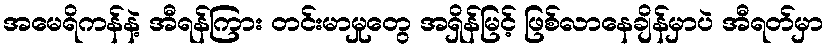
အမေရိကန်နဲ့ အီရန်ကြား တင်းမာမှုတွေ အရှိန်မြင့် ဖြစ်လာနေချိန်မှာပဲ အီရတ်မှာ